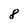
Character: 8